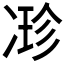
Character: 𠗰